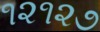
૧૨૧૨૭